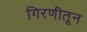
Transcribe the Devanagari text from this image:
गिरणीतून